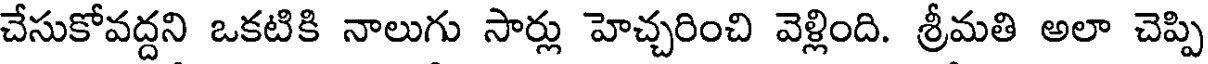
చేసుకోవద్దని ఒకటికి నాలుగు సార్లు హెచ్చరించి వెళ్లింది. శ్రీమతి అలా చెప్పి